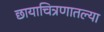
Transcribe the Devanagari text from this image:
छायाचित्रणातल्या